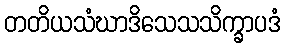
တတိယသံဃာဒိသေသသိက္ခာပဒံ